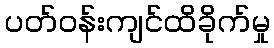
ပတ်ဝန်းကျင်ထိခိုက်မှု